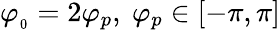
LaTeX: \varphi_{_0}=2\varphi_{p},\ \varphi_{p}\in[-\pi,\pi]